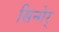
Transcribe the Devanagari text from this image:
सिन्गेर्